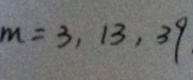
m = 3 , 1 3 , 3 9 .